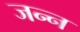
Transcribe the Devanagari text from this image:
जन्न